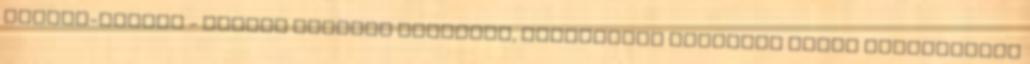
csirke-alaplé - néhány ágacska kakukkfű, babérlevél Lábosban kevés felhevített